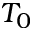
T _ { 0 }